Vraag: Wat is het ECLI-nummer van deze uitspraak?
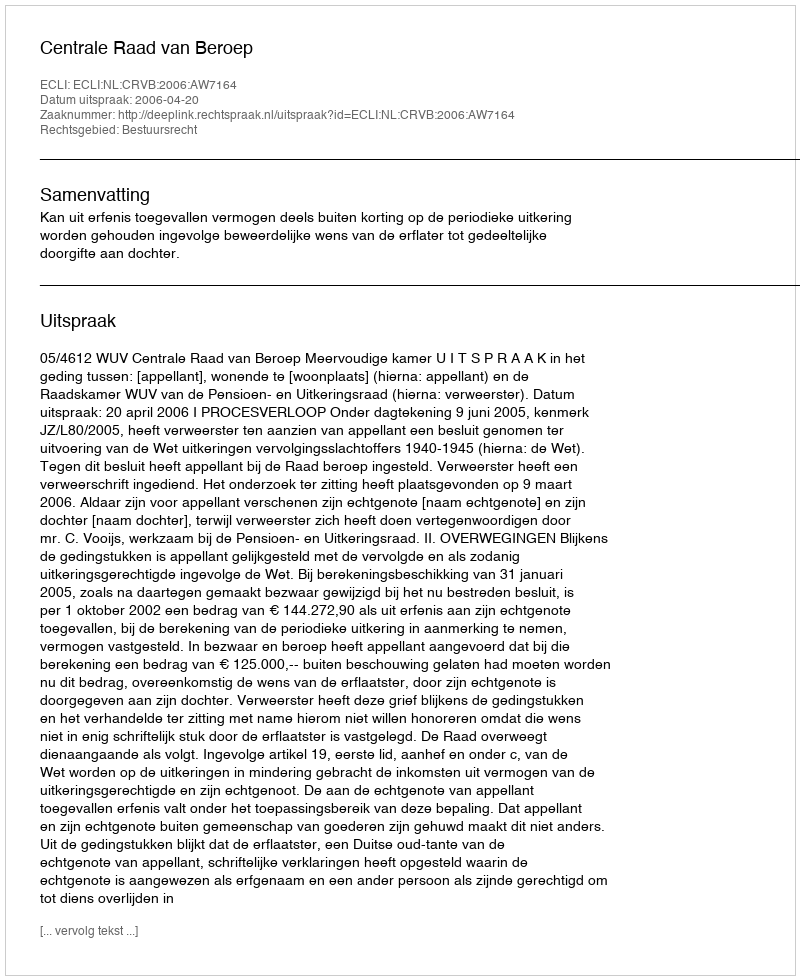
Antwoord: ECLI:NL:CRVB:2006:AW7164